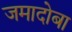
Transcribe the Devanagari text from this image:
जमादोबा